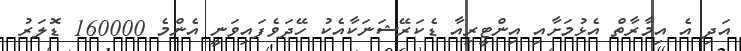
އަދި އެ އިމާރާތް އެޅުމަށާއި އިންޓީރިއާ ޑެކަރޭޝަނަކާއެކު ހޭދަވެފައިވަނީ އެންމެ 160000 ޑޮލަރު